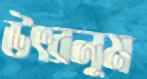
উৎরলুম